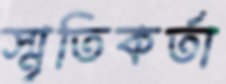
স্মৃতিকর্তা